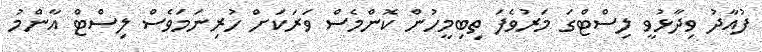
ފުއާދު ވިދާޅުވީ ލިސްޓްގަ މަރުވެފަ ތިބިމީހުން ކޮންމެސް ވަރަކަށް ހުރިނަމަވެސް ލިސްޓް އާންމު